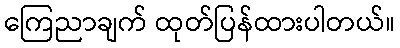
ကြေညာချက် ထုတ်ပြန်ထားပါတယ်။